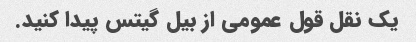
یک نقل قول عمومی از بیل گیتس پیدا کنید.